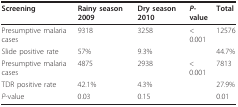
<table><thead><tr><td><b>Screening</b></td><td><b>Rainy season 2009</b></td><td><b>Dry season 2010</b></td><td><b><i>P</i>-value</b></td><td><b>Total</b></td></tr></thead><tbody><tr><td>Presumptive malaria cases</td><td>9318</td><td>3258</td><td>&lt; 0.001</td><td>12576</td></tr><tr><td>Slide positive rate</td><td>57%</td><td>9.3%</td><td>[EMPTY_CELL]</td><td>44.7%</td></tr><tr><td>Presumptive malaria cases</td><td>4875</td><td>2938</td><td>&lt; 0.001</td><td>7813</td></tr><tr><td>TDR positive rate</td><td>42.1%</td><td>4.3%</td><td>[EMPTY_CELL]</td><td>27.9%</td></tr><tr><td><i>P</i>-value</td><td>0.03</td><td>0.15</td><td>[EMPTY_CELL]</td><td>0.01</td></tr></tbody></table>